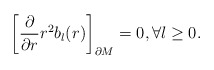
\begin{align*}\left[{\partial \over \partial r} r^{2}b_{l}(r)\right]_{\partial M}=0, \forall l \geq 0.\end{align*}